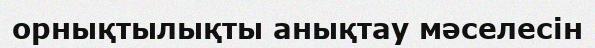
орнықтылықты анықтау мәселесін